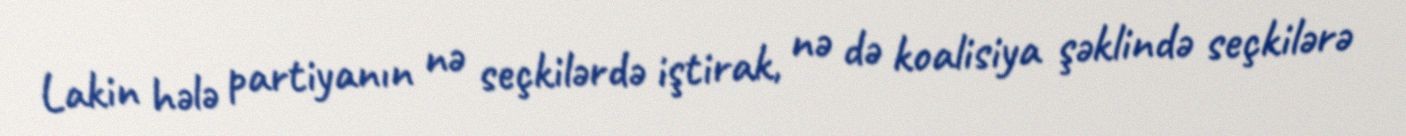
Lakin hələ partiyanın nə seçkilərdə iştirak, nə də koalisiya şəklində seçkilərə